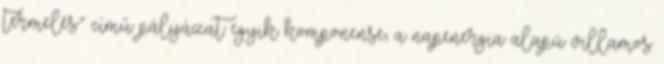
termelés” című pályázat egyik komponense, a napenergia alapú villamos